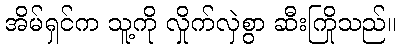
အိမ်ရှင်က သူ့ကို လှိုက်လှဲစွာ ဆီးကြိုသည်။